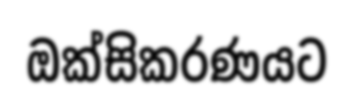
ඔක්සිකරණයට